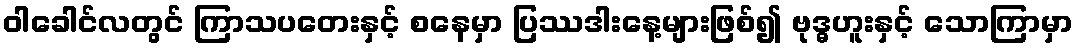
ဝါခေါင်လတွင် ကြာသပတေးနှင့် စနေမှာ ပြဿဒါးနေ့များဖြစ်၍ ဗုဒ္ဓဟူးနှင့် သောကြာမှာ